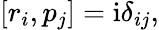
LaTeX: \begin{array}{r}{[r_{i},p_{j}]=\mathrm{i}\delta_{ij},}\end{array}